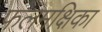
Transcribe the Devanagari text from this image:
फलमक्षिका